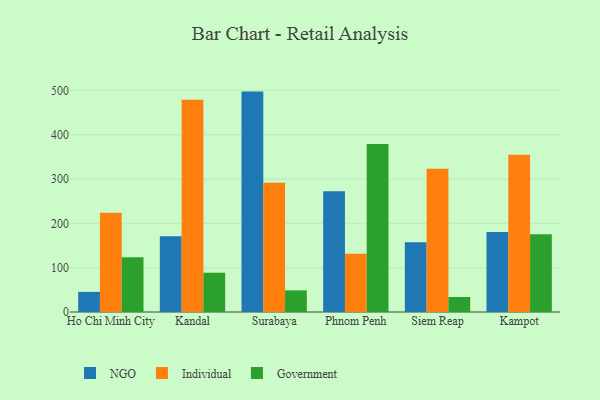
{"axis": {"x": "City", "y": "Tickets Resolved"}, "legend": ["Government", "Individual", "NGO"], "data": [{"x": "Ho Chi Minh City", "y": 45.4, "type": "NGO"}, {"x": "Ho Chi Minh City", "y": 224.0, "type": "Individual"}, {"x": "Ho Chi Minh City", "y": 123.4, "type": "Government"}, {"x": "Kandal", "y": 170.7, "type": "NGO"}, {"x": "Kandal", "y": 478.9, "type": "Individual"}, {"x": "Kandal", "y": 88.6, "type": "Government"}, {"x": "Surabaya", "y": 497.2, "type": "NGO"}, {"x": "Surabaya", "y": 291.3, "type": "Individual"}, {"x": "Surabaya", "y": 48.8, "type": "Government"}, {"x": "Phnom Penh", "y": 272.4, "type": "NGO"}, {"x": "Phnom Penh", "y": 131.3, "type": "Individual"}, {"x": "Phnom Penh", "y": 379.1, "type": "Government"}, {"x": "Siem Reap", "y": 157.6, "type": "NGO"}, {"x": "Siem Reap", "y": 323.2, "type": "Individual"}, {"x": "Siem Reap", "y": 33.9, "type": "Government"}, {"x": "Kampot", "y": 180.6, "type": "NGO"}, {"x": "Kampot", "y": 354.9, "type": "Individual"}, {"x": "Kampot", "y": 175.2, "type": "Government"}]}